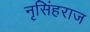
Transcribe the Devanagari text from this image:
नृसिंहराज